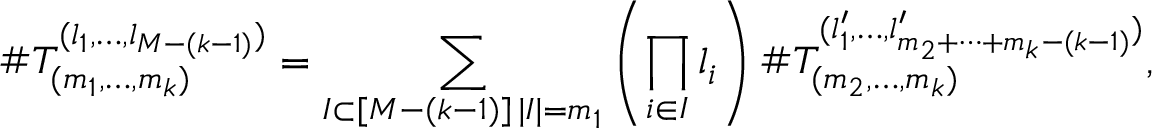
\# T _ { ( m _ { 1 } , \dots , m _ { k } ) } ^ { ( l _ { 1 } , \dots , l _ { M - ( k - 1 ) } ) } = \sum _ { \substack { I \subset [ M - ( k - 1 ) ] \, | I | = m _ { 1 } } } \left( \prod _ { i \in I } l _ { i } \right) \# T _ { ( m _ { 2 } , \dots , m _ { k } ) } ^ { ( l _ { 1 } ^ { \prime } , \dots , l _ { m _ { 2 } + \cdots + m _ { k } - ( k - 1 ) } ^ { \prime } ) } ,